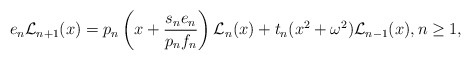
\begin{align*}e_n&\mathcal{L}_{n+1}(x)=p_n\left(x+\dfrac{s_ne_n}{p_nf_n}\right)\mathcal{L}_n(x) +t_n(x^2+\omega^2)\mathcal{L}_{n-1}(x), n\geq 1,\end{align*}